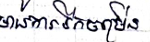
មានការរីកចម្រើន